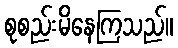
စုစည်းမိနေကြသည်။